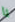
يا